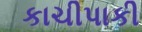
કાચીપાકી